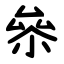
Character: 㕘